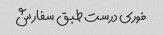
فوری درست طبق سفارش